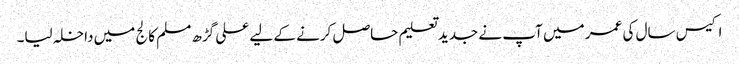
اکیس سال کی عمر میں آپ نے جدید تعلیم حاصل کرنے کے لیے علی گڑھ مسلم کالج میں داخلہ لیا۔